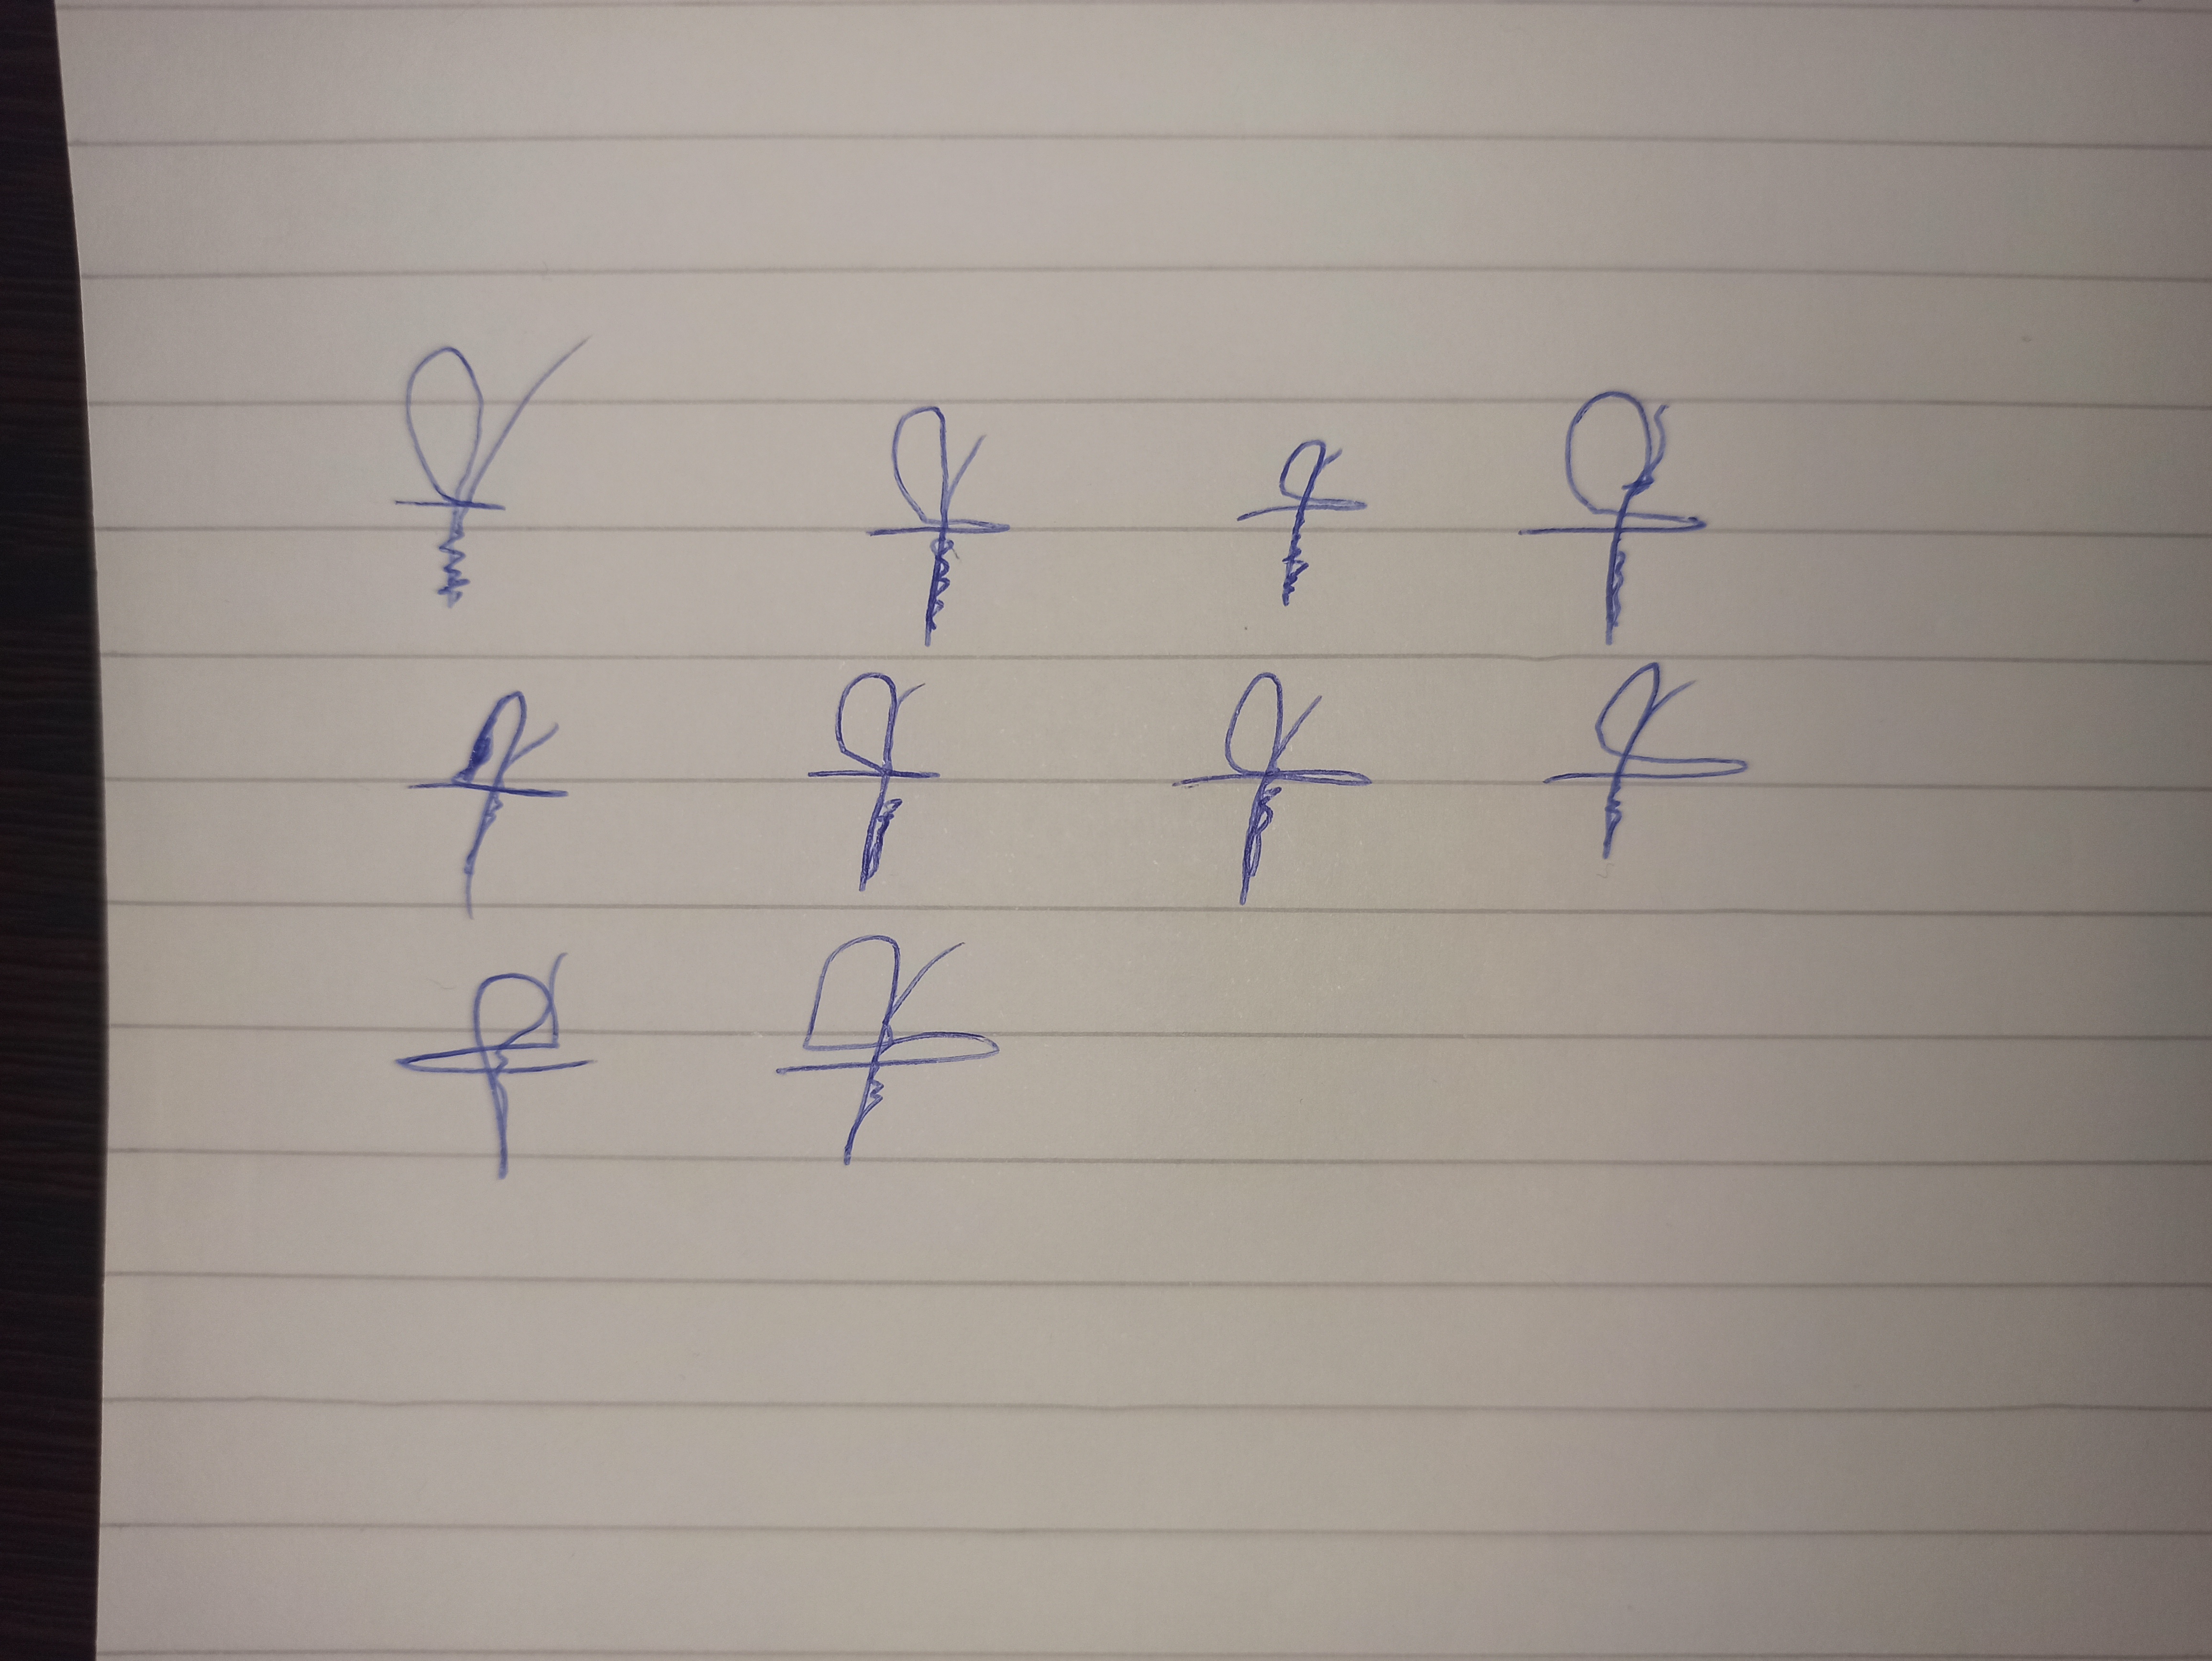
Signature authenticity: forged